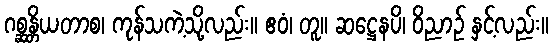
ဂစ္ဆန္တိယတာစ၊ ကုန်သကဲ့သို့လည်း။ ဧဝံ၊ တူ။ ဆဋ္ဌေနပိ၊ ဝိညာဉ် နှင့်လည်း။